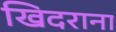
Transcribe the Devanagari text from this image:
खिदराना